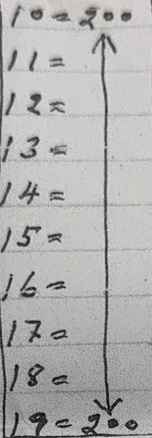
10 = 200
11 = 200
12 = 200
13 = 200
14 = 200
15 = 200
16 = 200
17 = 200
18 = 200
19 = 200